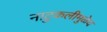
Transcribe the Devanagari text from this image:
नाटुकलीमुळेच